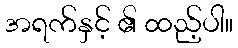
အရက်နှင့် ၏ ထည့်ပါ။